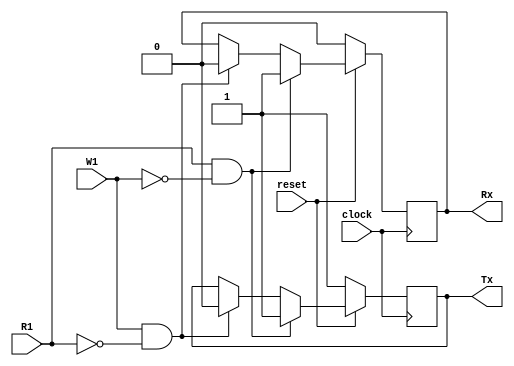
module flipflopRS(
    
    output reg Rx,Tx,
    input W1,reset,
    input R1,
    input clock
    );

	reg D;
   always @(posedge clock)
		if (!reset) begin
			Rx<=1'b0;
			Tx<=1'b1;
			
		end
      else if (R1 && !W1) begin
         Tx <= 1'b1;
			Rx<=1'b1;
			
      end else if (W1 && !R1) begin
         Tx<= 1'b0;
			Rx<=1'b0;
			 
		
		end
		else begin
			Tx<=Tx;
			Rx<=Rx;
			
      end
						

endmodule